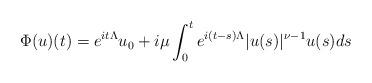
LaTeX: \begin{align*}\Phi(u)(t) = e^{it\Lambda} u_0 +i\mu \int_0^t e^{i(t-s)\Lambda} |u(s)|^{\nu-1} u(s)ds \end{align*}